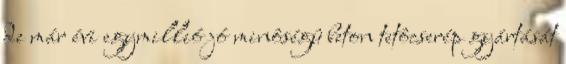
de már évi egymillió jó minôségû beton tetôcserép gyártását